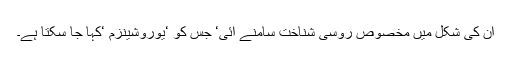
ان کی شکل میں مخصوص روسی شناخت سامنے آئی‘ جس کو ‘یوروشینزم ‘کہا جا سکتا ہے۔